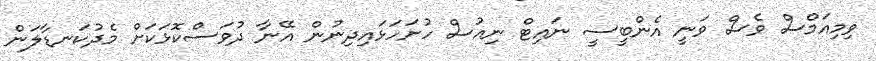
ވިމިއަމްސް ވެސް ވަނީ އެންބީސީ ނައިޓް ނިއުސް ހުށަހަޅައިދިނުން އޭނާ ދުވަސްކޮޅަކަށް މެދުކަނޑާލަން